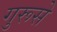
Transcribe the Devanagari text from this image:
गुरूसे